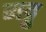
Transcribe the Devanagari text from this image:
गट्टु